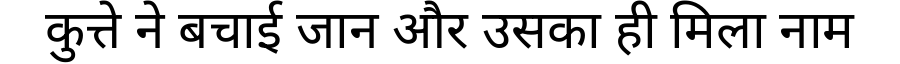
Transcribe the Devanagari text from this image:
कुत्ते ने बचाई जान और उसका ही मिला नाम